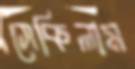
সেকিলাম